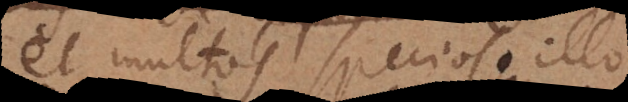
et multos specioso illo